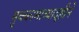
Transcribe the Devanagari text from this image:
मुक्कामाच्यादृष्टीने